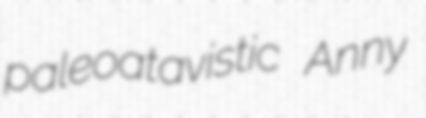
paleoatavistic Anny